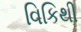
વિકિથી